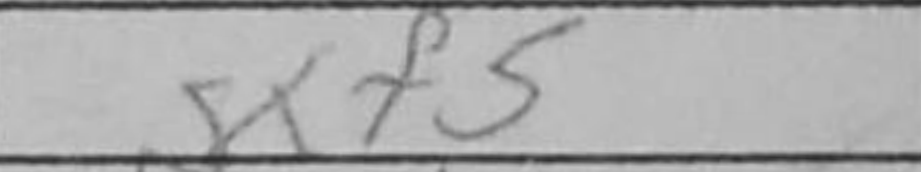
Transcription: gxf5